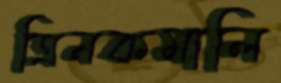
ত্রিনকমালি